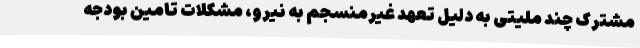
مشترک چند ملیتی به دلیل تعهد غیرمنسجم به نیرو، مشکلات تامین بودجه